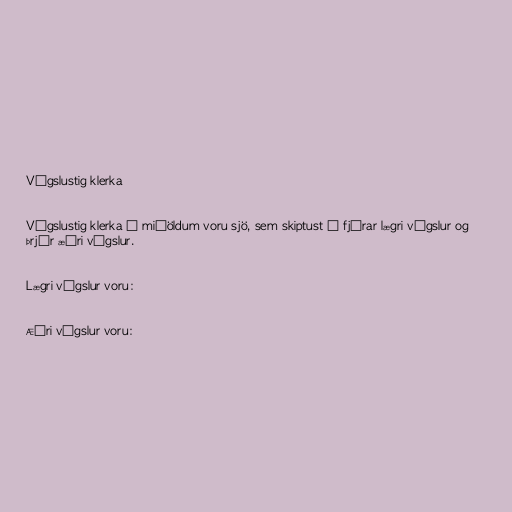
Vígslustig klerka

Vígslustig klerka á miðöldum voru sjö, sem skiptust í fjórar lægri vígslur og
þrjár æðri vígslur.

Lægri vígslur voru:

Æðri vígslur voru: